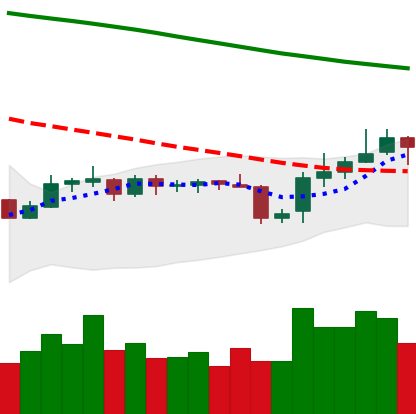
Ticker: BNB-USD
Chart end date: 2019-10-30
Forward return: 3.241%
Label: up_3_5